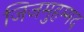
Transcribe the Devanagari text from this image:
जिजमुहम्मद